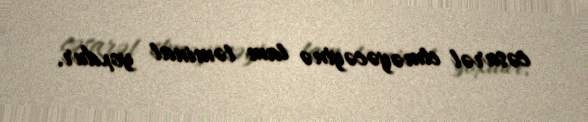
cəsarət etməyəcəyinə tam təminat yoxdur.